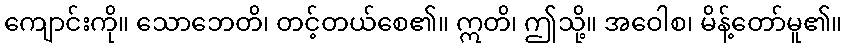
ကျောင်းကို။ သောဘေတိ၊ တင့်တယ်စေ၏။ ဣတိ၊ ဤသို့။ အဝေါစ၊ မိန့်တော်မူ၏။